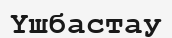
Үшбастау